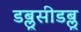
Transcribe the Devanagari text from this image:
डब्लूसीडब्लू